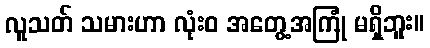
လူသတ် သမားဟာ လုံးဝ အတွေ့အကြုံ မရှိဘူး။